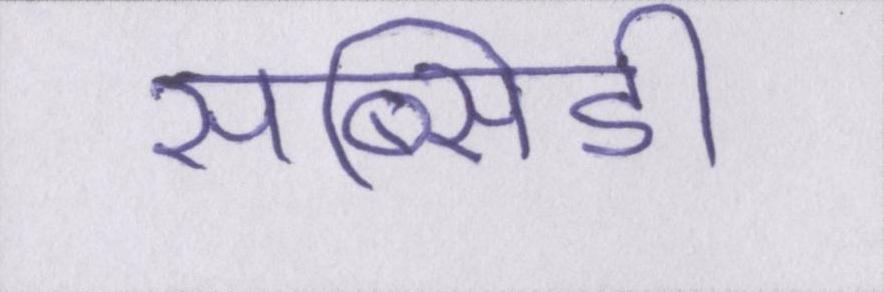
सब्सिडी